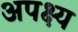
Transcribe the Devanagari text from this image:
अपक्ष्य